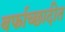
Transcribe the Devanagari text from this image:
बर्फाच्छादीत